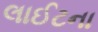
લાઈટના